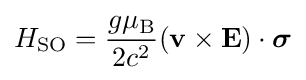
H_{\mathrm {SO} }={\frac {g\mu _{\rm {B}}}{2c^{2}}}(\mathbf {v} \times \mathbf {E} )\cdot {\boldsymbol {\sigma }}